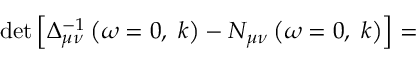
\operatorname * { d e t } \left[ \Delta _ { \mu \nu } ^ { - 1 } \left( \omega = 0 , \; k \right) - N _ { \mu \nu } \left( \omega = 0 , \; k \right) \right] =